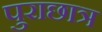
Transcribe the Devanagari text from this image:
पुराछात्र